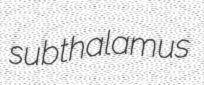
subthalamus